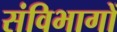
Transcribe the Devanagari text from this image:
संविभागों